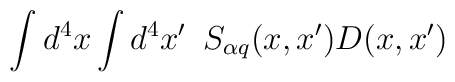
\int d^4x\int d^4x^{\prime }\,\,\,S_{\alpha q}(x,x^{\prime })D(x,x^{\prime })